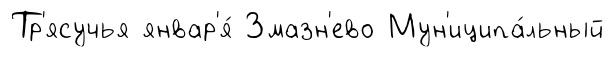
Тр'ясучья январ'я́ Змазн'ево Мун'иципа́льный